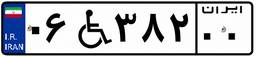
۱۵W۳۲۴۹۱